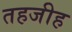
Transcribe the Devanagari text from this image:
तहजीह